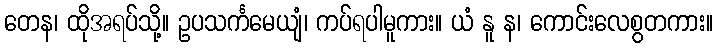
တေန၊ ထိုအရပ်သို့။ ဥပသင်္ကမေယျံ၊ ကပ်ရပါမူကား။ ယံ နူ န၊ ကောင်းလေစွတကား။